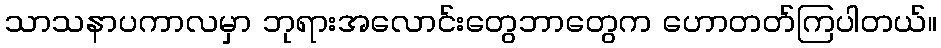
သာသနာပကာလမှာ ဘုရားအလောင်းတွေဘာတွေက ဟောတတ်ကြပါတယ်။